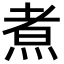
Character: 煮